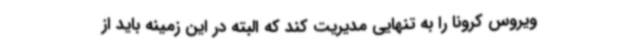
ویروس کرونا را به تنهایی مدیریت کند که البته در این زمینه باید از